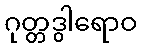
ဂုတ္တဒွါရောဝ